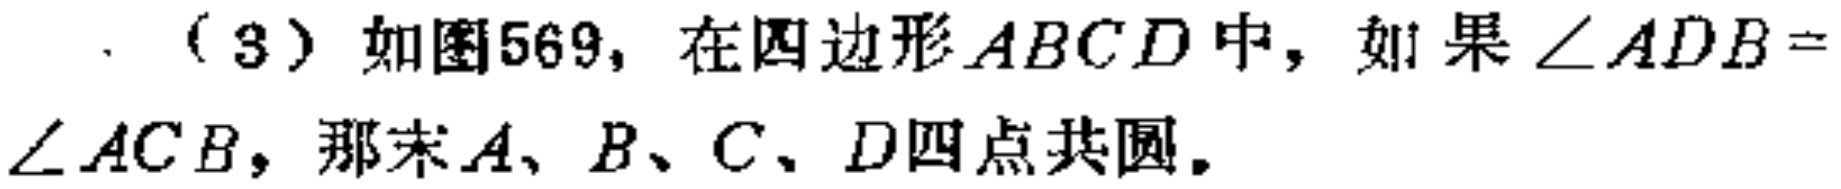
（3）如图569，在四边形\(ABCD\)中，如果\(\angle ADB = \angle ACB\)，那么\(A、B、C、D\)四点共圆。